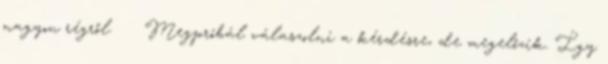
nagyon régről. Megpróbál válaszolni a kérdésre, de megelőzik. Így